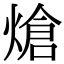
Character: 熗